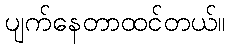
ပျက်နေတာထင်တယ်။